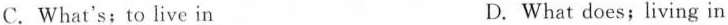
C.What's;to live in D.What does;living in